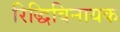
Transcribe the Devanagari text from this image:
रिद्धिविनायक